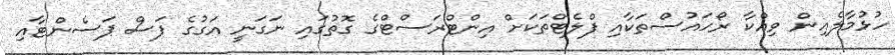
ހުޅުމާލެއިން ވިއްކާ ރޯހައުސްތަކާއި ފްލެޓްތަކަށް އިންޓްރަސްޓްގެ ގޮތުގައި ނަގަނީ އަގުގެ ފަސް ޕަސެންޓާއި